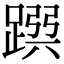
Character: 𨂳